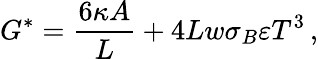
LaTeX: G^{*}=\frac{6\kappa{A}}{L}+4Lw\sigma_{B}\varepsilon T^{3}\, ,